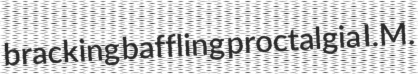
bracking baffling proctalgia I.M.